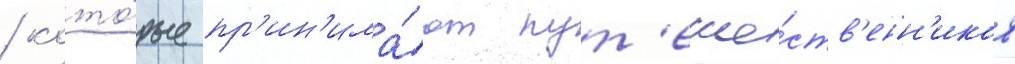
/ кото́рые пр'ин'има́ют пут'еше́ств'енн'иков